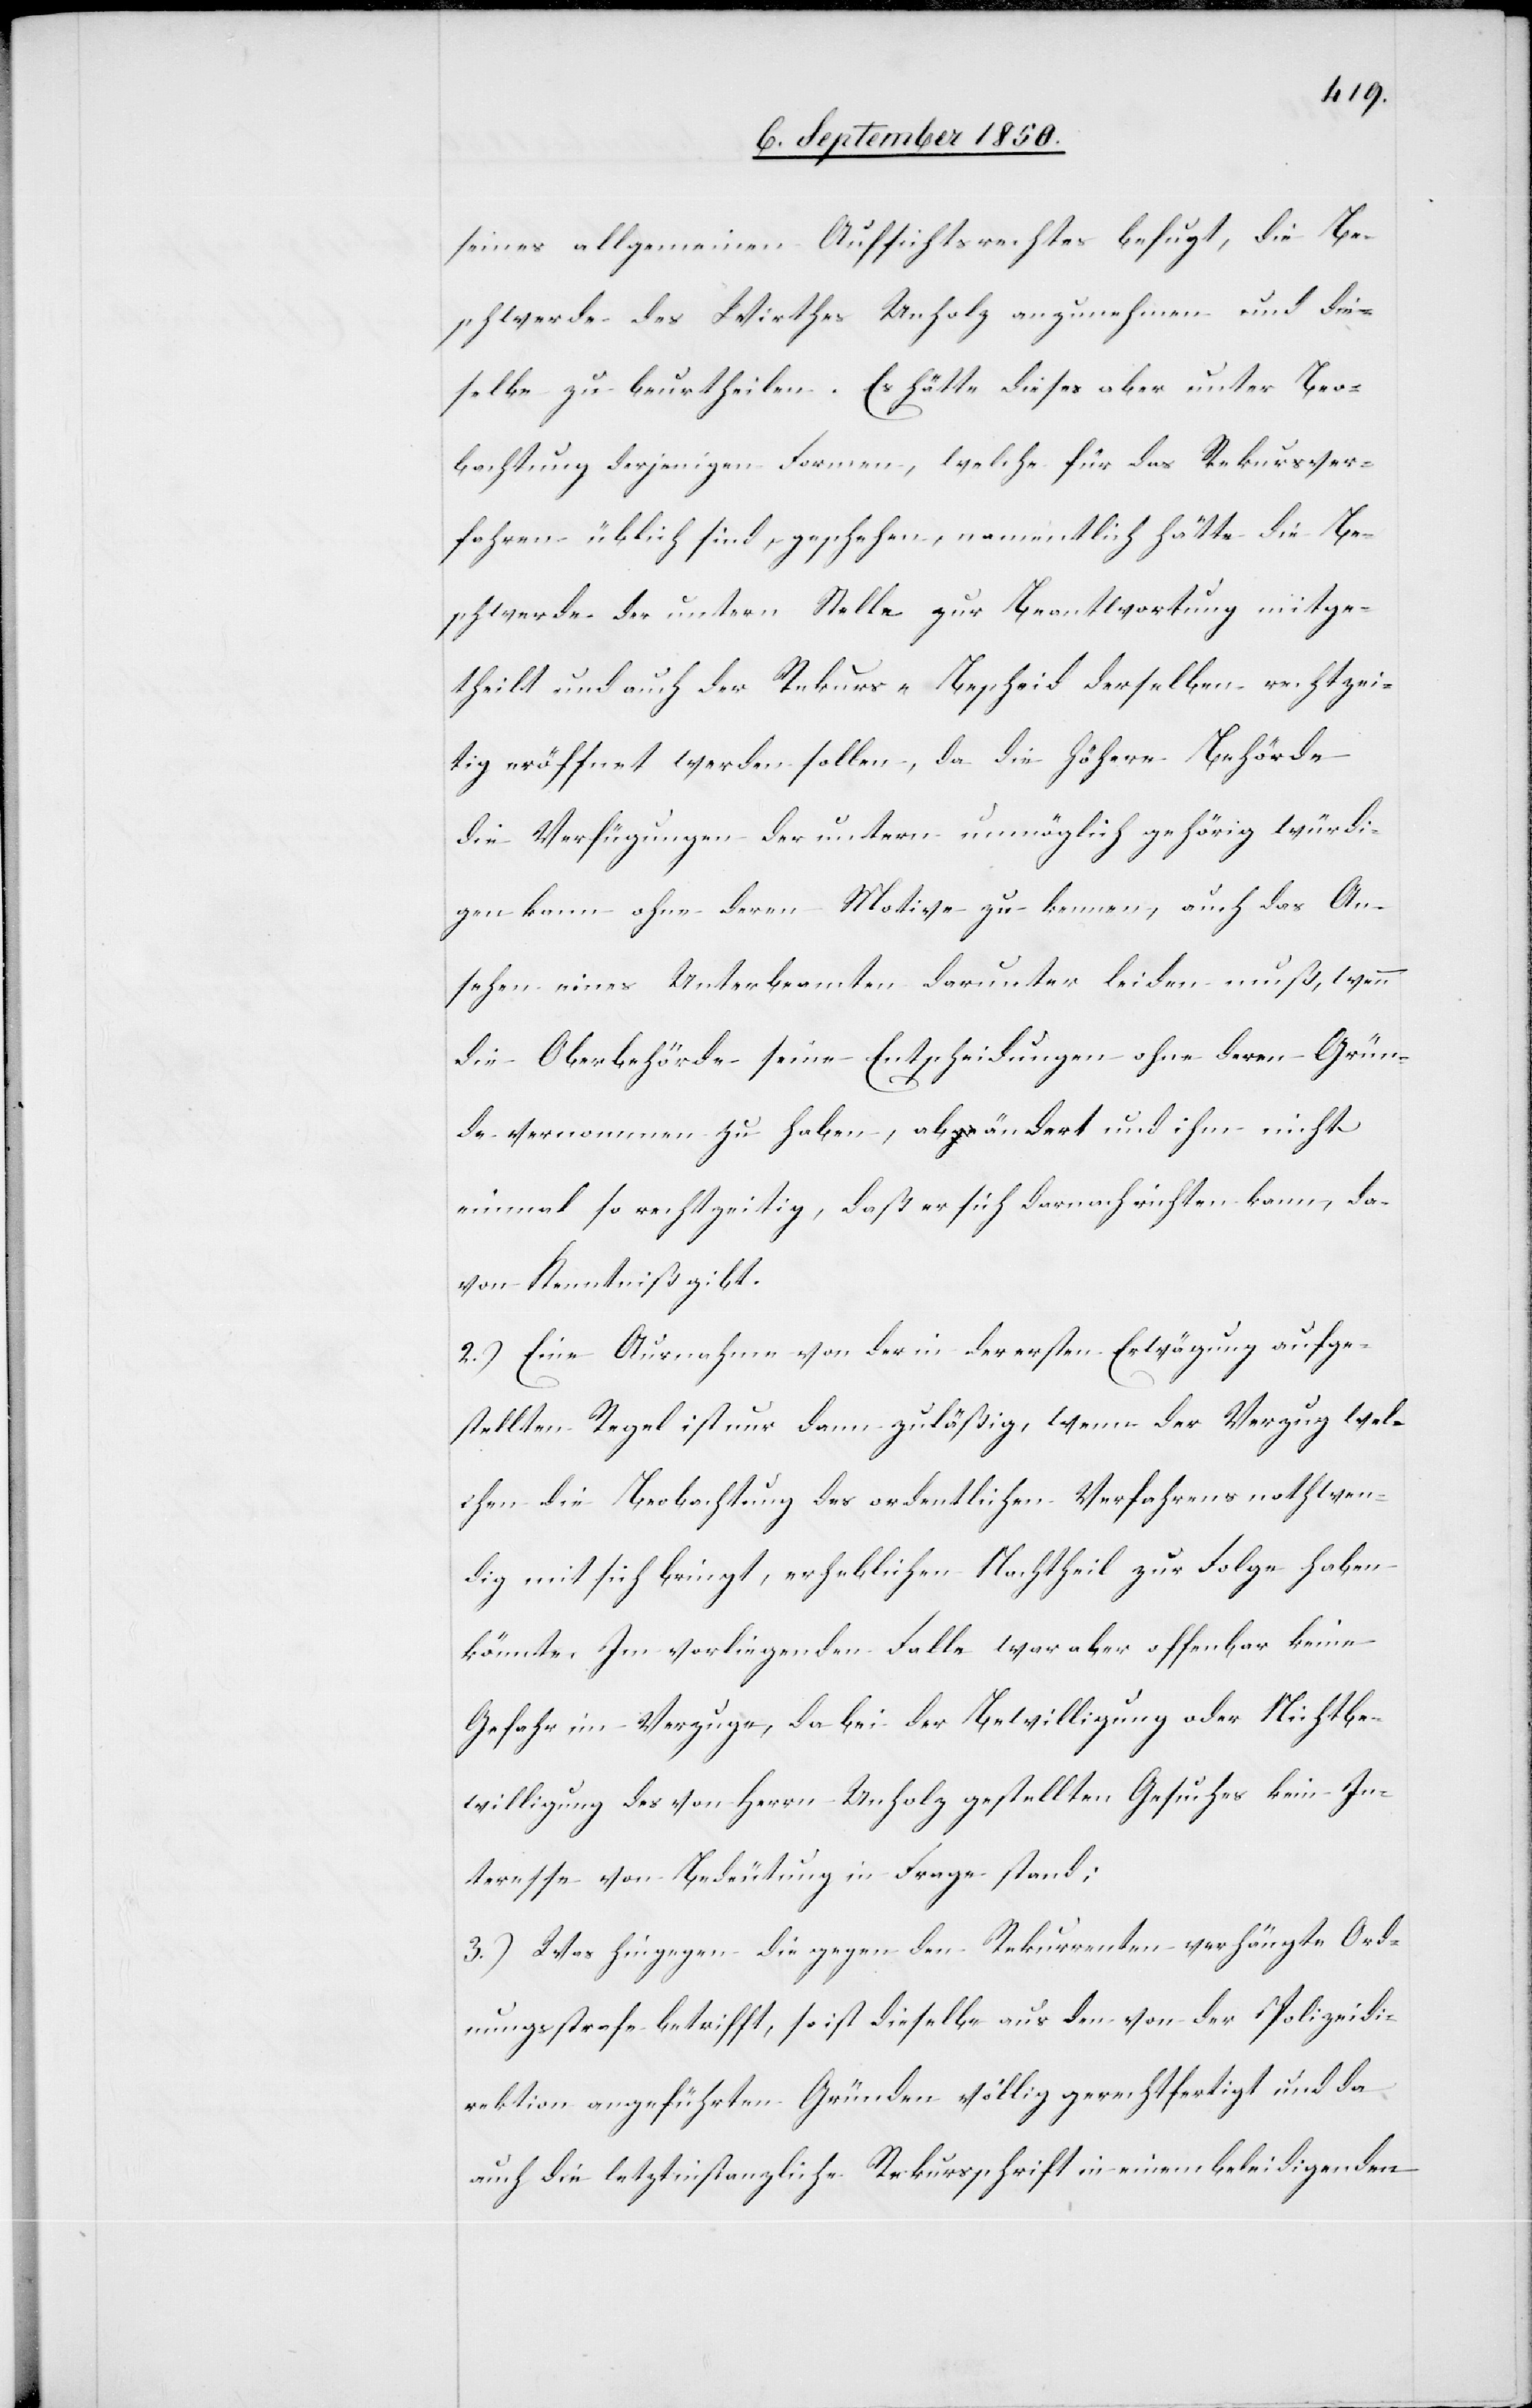
seines allgemeinen Aufsichtsrechts befugt, die Be¬
schwerde des Wirthes Unholz anzunehmen und die¬
selbe zu beurtheilen. Es hätte dieses aber unter Beo¬
bachtung derjenigen Formen, welche für das Rekursver¬
fahren üblich sind, geschehen, namentlich hätte die Be¬
schwerde der untern Stelle zu Beantwortung mitge¬
theilt und auch der Rekurs-Bescheid derselben rechtzei¬
tig eröffnet werden sollen, da die höhere Behörde
die Verfügung der untern unmöglich gehörig würdi¬
gen kann ohne deren Motive zu kennen, auch das An¬
sehen eines Unterbeamten darunter leiden muß, wenn
die Oberbehörde seine Entscheidungen ohne deren Grün¬
de vernommen zu haben, abändert und ihm nicht
einmal so rechtzeitig, daß er sich darnach richten kann, da¬
von Kenntniß gibt.
2.) Eine Ausnahme von der in der ersten Erwägung aufge¬
stellten Regel ist nur dann zuläßig, wenn der Verzug wel¬
chen die Beobachtung des ordentlichen Verfahrens nothwen¬
dig mit sich bringt, erheblichen Nachtheil zur Folge haben
könnte. Im vorliegenden Falle war aber offenbar keine
Gefahr im Verzuge, da bei der Bewilligung oder Nichtbe¬
willigung des von Herrn Unholz gestellten Gesuches kein In¬
teresse von Bedeutung in Frage stand;
3.) Was hingegen die gegen den Rekurrenten verhängte Ord¬
nungsstrafe betrifft, so ist dieselbe aus den von der Polizeidi¬
rektion angeführten Gründen völlig gerechtfertigt und da
auch die letztinstanzliche Rekursschrift in einem beleidigenden